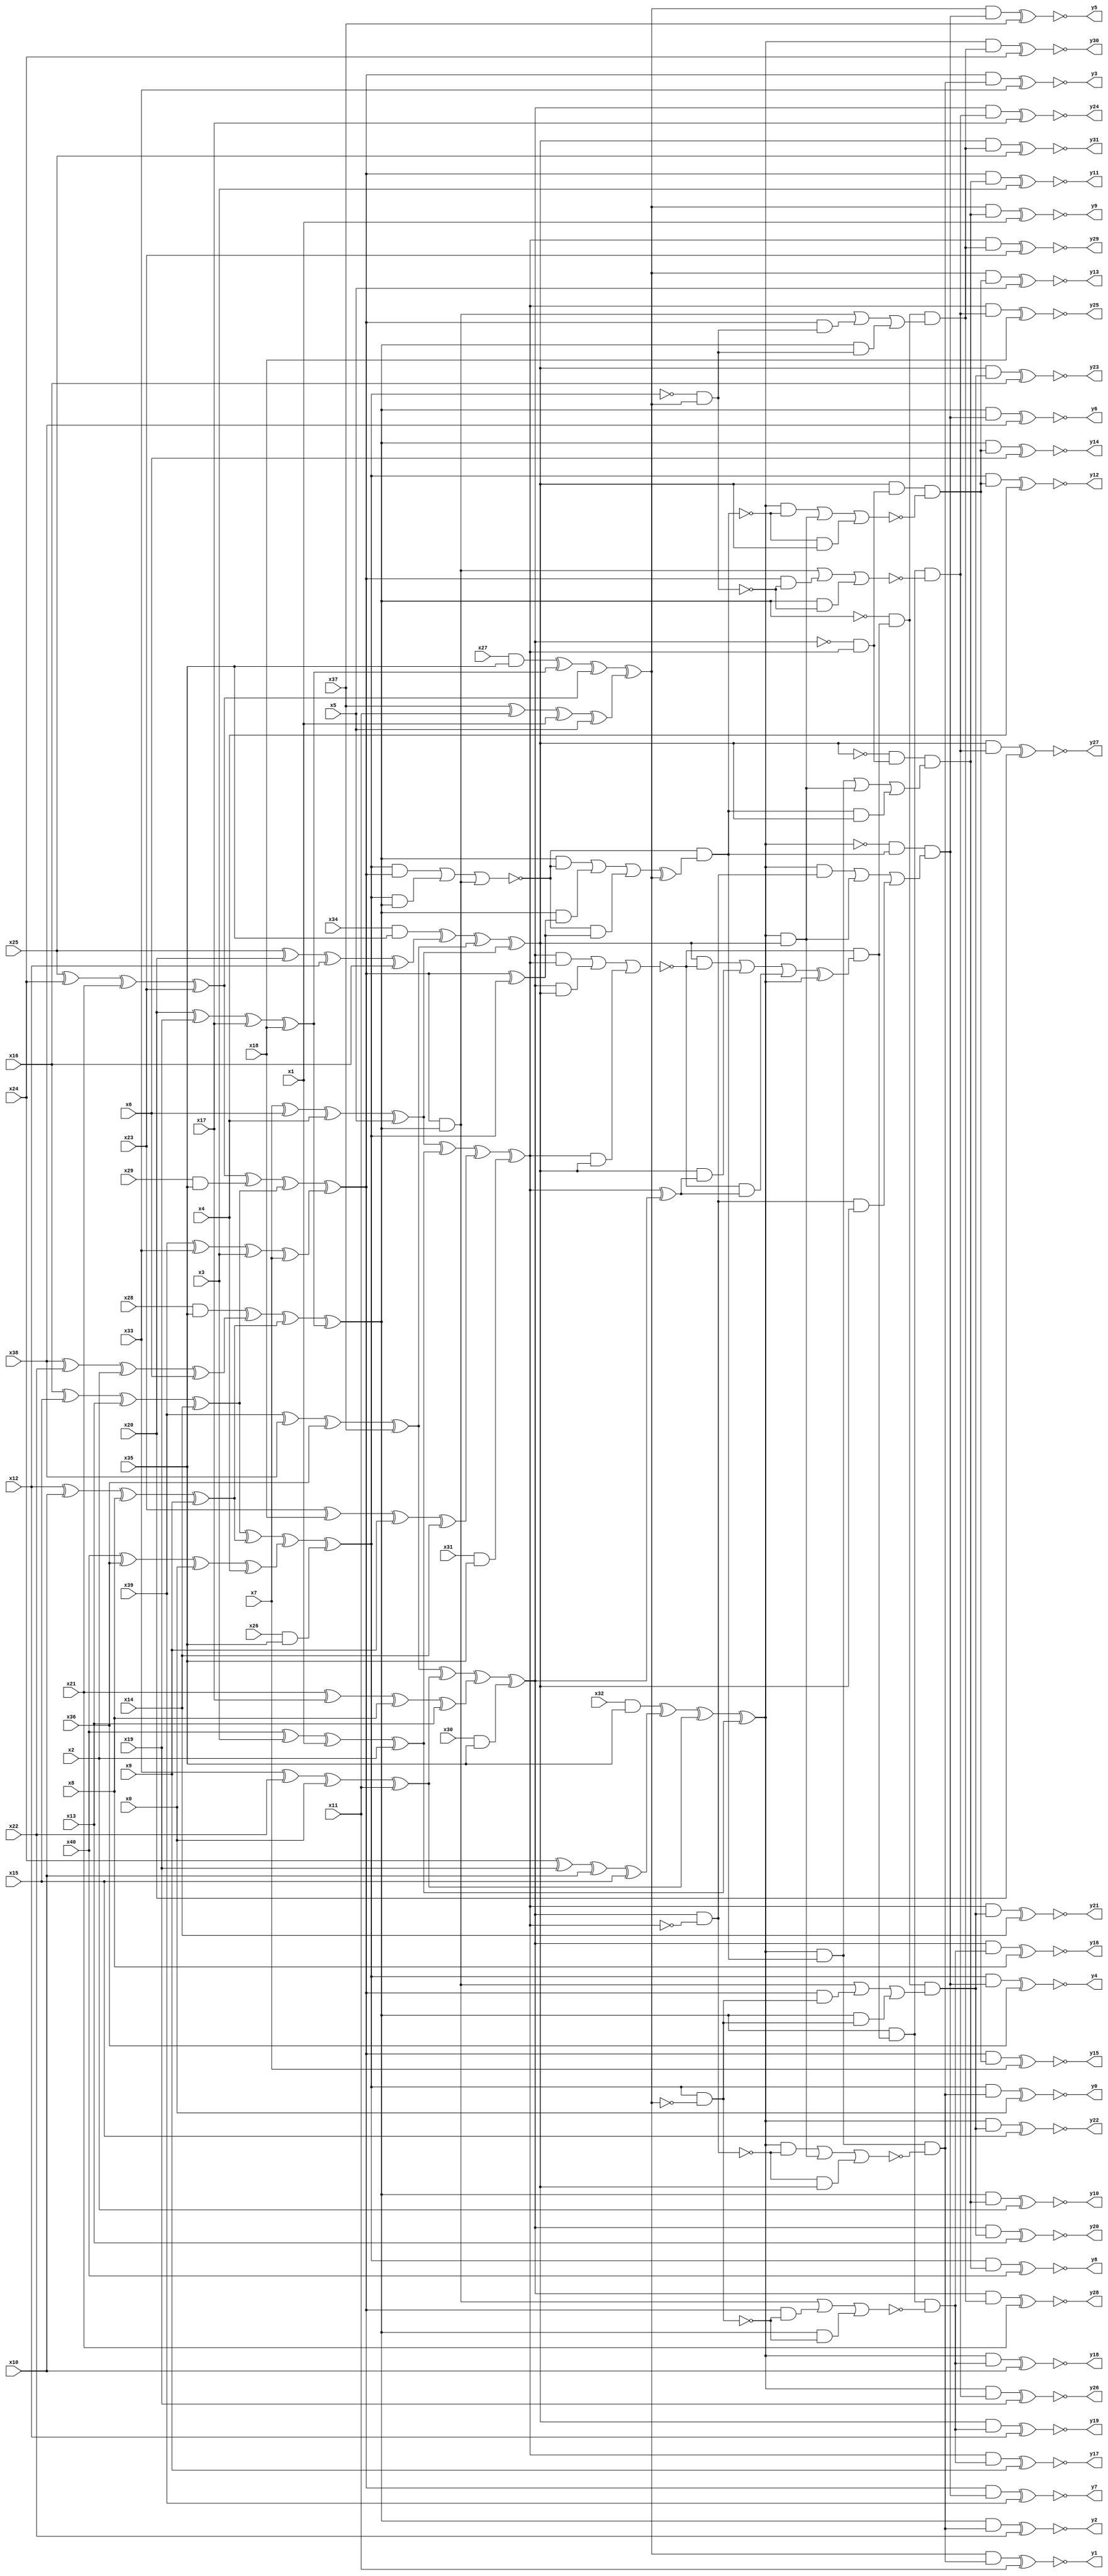
module top( x0 , x1 , x2 , x3 , x4 , x5 , x6 , x7 , x8 , x9 , x10 , x11 , x12 , x13 , x14 , x15 , x16 , x17 , x18 , x19 , x20 , x21 , x22 , x23 , x24 , x25 , x26 , x27 , x28 , x29 , x30 , x31 , x32 , x33 , x34 , x35 , x36 , x37 , x38 , x39 , x40 , y0 , y1 , y2 , y3 , y4 , y5 , y6 , y7 , y8 , y9 , y10 , y11 , y12 , y13 , y14 , y15 , y16 , y17 , y18 , y19 , y20 , y21 , y22 , y23 , y24 , y25 , y26 , y27 , y28 , y29 , y30 , y31 );
  input x0 , x1 , x2 , x3 , x4 , x5 , x6 , x7 , x8 , x9 , x10 , x11 , x12 , x13 , x14 , x15 , x16 , x17 , x18 , x19 , x20 , x21 , x22 , x23 , x24 , x25 , x26 , x27 , x28 , x29 , x30 , x31 , x32 , x33 , x34 , x35 , x36 , x37 , x38 , x39 , x40 ;
  output y0 , y1 , y2 , y3 , y4 , y5 , y6 , y7 , y8 , y9 , y10 , y11 , y12 , y13 , y14 , y15 , y16 , y17 , y18 , y19 , y20 , y21 , y22 , y23 , y24 , y25 , y26 , y27 , y28 , y29 , y30 , y31 ;
  wire n42 , n43 , n44 , n45 , n46 , n47 , n48 , n49 , n50 , n51 , n52 , n53 , n54 , n55 , n56 , n57 , n58 , n59 , n60 , n61 , n62 , n63 , n64 , n65 , n66 , n67 , n68 , n69 , n70 , n71 , n72 , n73 , n74 , n75 , n76 , n77 , n78 , n79 , n80 , n81 , n82 , n83 , n84 , n85 , n86 , n87 , n88 , n89 , n90 , n91 , n92 , n93 , n94 , n95 , n96 , n97 , n98 , n99 , n100 , n101 , n102 , n103 , n104 , n105 , n106 , n107 , n108 , n109 , n110 , n111 , n112 , n113 , n114 , n115 , n116 , n117 , n118 , n119 , n120 , n121 , n122 , n123 , n124 , n125 , n126 , n127 , n128 , n129 , n130 , n131 , n132 , n133 , n134 , n135 , n136 , n137 , n138 , n139 , n140 , n141 , n142 , n143 , n144 , n145 , n146 , n147 , n148 , n149 , n150 , n151 , n152 , n153 , n154 , n155 , n156 , n157 , n158 , n159 , n160 , n161 , n162 , n163 , n164 , n165 , n166 , n167 , n168 , n169 , n170 , n171 , n172 , n173 , n174 , n175 , n176 , n177 , n178 , n179 , n180 , n181 , n182 , n183 , n184 , n185 , n186 , n187 , n188 , n189 , n190 , n191 , n192 , n193 , n194 , n195 , n196 , n197 , n198 , n199 , n200 , n201 , n202 , n203 , n204 , n205 ;
  assign n47 = x16 ^ x15 ^ x13 ;
  assign n48 = n47 ^ x14 ^ 1'b0 ;
  assign n45 = x12 ^ x10 ^ x8 ;
  assign n46 = n45 ^ x9 ^ 1'b0 ;
  assign n49 = n48 ^ n46 ^ 1'b0 ;
  assign n43 = x40 ^ x36 ^ x0 ;
  assign n44 = n43 ^ x4 ^ 1'b0 ;
  assign n50 = n49 ^ n44 ^ 1'b0 ;
  assign n42 = x26 & x35 ;
  assign n51 = n50 ^ n42 ^ 1'b0 ;
  assign n58 = x32 & x35 ;
  assign n56 = x24 ^ x19 ^ x10 ;
  assign n57 = n56 ^ x15 ^ 1'b0 ;
  assign n59 = n58 ^ n57 ^ 1'b0 ;
  assign n54 = x33 ^ x22 ^ x0 ;
  assign n55 = n54 ^ x11 ^ 1'b0 ;
  assign n60 = n59 ^ n55 ^ 1'b0 ;
  assign n52 = x40 ^ x3 ^ x1 ;
  assign n53 = n52 ^ x2 ^ 1'b0 ;
  assign n61 = n60 ^ n53 ^ 1'b0 ;
  assign n65 = x25 ^ x24 ^ x21 ;
  assign n66 = n65 ^ x23 ^ 1'b0 ;
  assign n64 = x29 & x35 ;
  assign n67 = n66 ^ n64 ^ 1'b0 ;
  assign n68 = n67 ^ n48 ^ 1'b0 ;
  assign n62 = x39 ^ x33 ^ x3 ;
  assign n63 = n62 ^ x7 ^ 1'b0 ;
  assign n69 = n68 ^ n63 ^ 1'b0 ;
  assign n74 = x28 & x35 ;
  assign n72 = x38 ^ x22 ^ x2 ;
  assign n73 = n72 ^ x6 ^ 1'b0 ;
  assign n75 = n74 ^ n73 ^ 1'b0 ;
  assign n76 = n75 ^ n46 ^ 1'b0 ;
  assign n70 = x20 ^ x19 ^ x17 ;
  assign n71 = n70 ^ x18 ^ 1'b0 ;
  assign n77 = n76 ^ n71 ^ 1'b0 ;
  assign n78 = ( n51 & n69 ) | ( n51 & n77 ) | ( n69 & n77 ) ;
  assign n85 = n69 ^ n51 ^ 1'b0 ;
  assign n86 = ( n77 & ~n78 ) | ( n77 & n85 ) | ( ~n78 & n85 ) ;
  assign n81 = x27 & x35 ;
  assign n82 = n81 ^ n71 ^ 1'b0 ;
  assign n83 = n82 ^ n66 ^ 1'b0 ;
  assign n79 = x37 ^ x11 ^ x1 ;
  assign n80 = n79 ^ x5 ^ 1'b0 ;
  assign n84 = n83 ^ n80 ^ 1'b0 ;
  assign n87 = n86 ^ n84 ^ 1'b0 ;
  assign n88 = ~n78 & n87 ;
  assign n89 = n61 & n88 ;
  assign n93 = x39 ^ x38 ^ x36 ;
  assign n94 = n93 ^ x37 ^ 1'b0 ;
  assign n95 = n94 ^ n55 ^ 1'b0 ;
  assign n91 = x21 ^ x17 ^ x8 ;
  assign n92 = n91 ^ x13 ^ 1'b0 ;
  assign n96 = n95 ^ n92 ^ 1'b0 ;
  assign n90 = x30 & x35 ;
  assign n97 = n96 ^ n90 ^ 1'b0 ;
  assign n101 = x7 ^ x6 ^ x4 ;
  assign n102 = n101 ^ x5 ^ 1'b0 ;
  assign n103 = n102 ^ n53 ^ 1'b0 ;
  assign n99 = x23 ^ x18 ^ x9 ;
  assign n100 = n99 ^ x14 ^ 1'b0 ;
  assign n104 = n103 ^ n100 ^ 1'b0 ;
  assign n98 = x31 & x35 ;
  assign n105 = n104 ^ n98 ^ 1'b0 ;
  assign n106 = n97 & ~n105 ;
  assign n109 = x34 & x35 ;
  assign n107 = x25 ^ x20 ^ x12 ;
  assign n108 = n107 ^ x16 ^ 1'b0 ;
  assign n110 = n109 ^ n108 ^ 1'b0 ;
  assign n111 = n110 ^ n94 ^ 1'b0 ;
  assign n112 = n111 ^ n102 ^ 1'b0 ;
  assign n113 = ( n61 & ~n106 ) | ( n61 & n112 ) | ( ~n106 & n112 ) ;
  assign n114 = n89 & ~n113 ;
  assign n115 = n51 & n114 ;
  assign n116 = n115 ^ x0 ^ 1'b0 ;
  assign n117 = n84 & n114 ;
  assign n118 = n117 ^ x11 ^ 1'b0 ;
  assign n119 = n77 & n114 ;
  assign n120 = n119 ^ x22 ^ 1'b0 ;
  assign n121 = n69 & n114 ;
  assign n122 = n121 ^ x33 ^ 1'b0 ;
  assign n123 = ~n61 & n88 ;
  assign n124 = ( n61 & n106 ) | ( n61 & n112 ) | ( n106 & n112 ) ;
  assign n125 = n123 & n124 ;
  assign n126 = n51 & n125 ;
  assign n127 = n126 ^ x36 ^ 1'b0 ;
  assign n128 = n84 & n125 ;
  assign n129 = n128 ^ x37 ^ 1'b0 ;
  assign n130 = n77 & n125 ;
  assign n131 = n130 ^ x38 ^ 1'b0 ;
  assign n132 = n69 & n125 ;
  assign n133 = n132 ^ x39 ^ 1'b0 ;
  assign n134 = ~n97 & n105 ;
  assign n135 = ~n112 & n134 ;
  assign n136 = ( n61 & n88 ) | ( n61 & n112 ) | ( n88 & n112 ) ;
  assign n137 = n135 & n136 ;
  assign n138 = n51 & n137 ;
  assign n139 = n138 ^ x40 ^ 1'b0 ;
  assign n140 = n84 & n137 ;
  assign n141 = n140 ^ x1 ^ 1'b0 ;
  assign n142 = n77 & n137 ;
  assign n143 = n142 ^ x2 ^ 1'b0 ;
  assign n144 = n69 & n137 ;
  assign n145 = n144 ^ x3 ^ 1'b0 ;
  assign n146 = n112 & n134 ;
  assign n147 = ( n61 & ~n88 ) | ( n61 & n112 ) | ( ~n88 & n112 ) ;
  assign n148 = n146 & ~n147 ;
  assign n149 = n51 & n148 ;
  assign n150 = n149 ^ x4 ^ 1'b0 ;
  assign n151 = n84 & n148 ;
  assign n152 = n151 ^ x5 ^ 1'b0 ;
  assign n153 = n77 & n148 ;
  assign n154 = n153 ^ x6 ^ 1'b0 ;
  assign n155 = n69 & n148 ;
  assign n156 = n155 ^ x7 ^ 1'b0 ;
  assign n157 = ( n97 & n105 ) | ( n97 & n112 ) | ( n105 & n112 ) ;
  assign n158 = n105 ^ n97 ^ 1'b0 ;
  assign n159 = ( n112 & ~n157 ) | ( n112 & n158 ) | ( ~n157 & n158 ) ;
  assign n160 = n159 ^ n61 ^ 1'b0 ;
  assign n161 = ~n157 & n160 ;
  assign n162 = n77 & n161 ;
  assign n163 = n51 & ~n84 ;
  assign n164 = ( n69 & n77 ) | ( n69 & ~n163 ) | ( n77 & ~n163 ) ;
  assign n165 = n162 & ~n164 ;
  assign n166 = n97 & n165 ;
  assign n167 = n166 ^ x8 ^ 1'b0 ;
  assign n168 = n105 & n165 ;
  assign n169 = n168 ^ x9 ^ 1'b0 ;
  assign n170 = n61 & n165 ;
  assign n171 = n170 ^ x10 ^ 1'b0 ;
  assign n172 = n112 & n165 ;
  assign n173 = n172 ^ x12 ^ 1'b0 ;
  assign n174 = ~n77 & n161 ;
  assign n175 = ( n69 & n77 ) | ( n69 & n163 ) | ( n77 & n163 ) ;
  assign n176 = n174 & n175 ;
  assign n177 = n97 & n176 ;
  assign n178 = n177 ^ x13 ^ 1'b0 ;
  assign n179 = n105 & n176 ;
  assign n180 = n179 ^ x14 ^ 1'b0 ;
  assign n181 = n61 & n176 ;
  assign n182 = n181 ^ x15 ^ 1'b0 ;
  assign n183 = n112 & n176 ;
  assign n184 = n183 ^ x16 ^ 1'b0 ;
  assign n185 = ~n51 & n84 ;
  assign n186 = ( n69 & n77 ) | ( n69 & ~n185 ) | ( n77 & ~n185 ) ;
  assign n187 = n162 & ~n186 ;
  assign n188 = n97 & n187 ;
  assign n189 = n188 ^ x17 ^ 1'b0 ;
  assign n190 = n105 & n187 ;
  assign n191 = n190 ^ x18 ^ 1'b0 ;
  assign n192 = n61 & n187 ;
  assign n193 = n192 ^ x19 ^ 1'b0 ;
  assign n194 = n112 & n187 ;
  assign n195 = n194 ^ x20 ^ 1'b0 ;
  assign n196 = ( n69 & n77 ) | ( n69 & n185 ) | ( n77 & n185 ) ;
  assign n197 = n174 & n196 ;
  assign n198 = n97 & n197 ;
  assign n199 = n198 ^ x21 ^ 1'b0 ;
  assign n200 = n105 & n197 ;
  assign n201 = n200 ^ x23 ^ 1'b0 ;
  assign n202 = n61 & n197 ;
  assign n203 = n202 ^ x24 ^ 1'b0 ;
  assign n204 = n112 & n197 ;
  assign n205 = n204 ^ x25 ^ 1'b0 ;
  assign y0 = ~n116 ;
  assign y1 = ~n118 ;
  assign y2 = ~n120 ;
  assign y3 = ~n122 ;
  assign y4 = ~n127 ;
  assign y5 = ~n129 ;
  assign y6 = ~n131 ;
  assign y7 = ~n133 ;
  assign y8 = ~n139 ;
  assign y9 = ~n141 ;
  assign y10 = ~n143 ;
  assign y11 = ~n145 ;
  assign y12 = ~n150 ;
  assign y13 = ~n152 ;
  assign y14 = ~n154 ;
  assign y15 = ~n156 ;
  assign y16 = ~n167 ;
  assign y17 = ~n169 ;
  assign y18 = ~n171 ;
  assign y19 = ~n173 ;
  assign y20 = ~n178 ;
  assign y21 = ~n180 ;
  assign y22 = ~n182 ;
  assign y23 = ~n184 ;
  assign y24 = ~n189 ;
  assign y25 = ~n191 ;
  assign y26 = ~n193 ;
  assign y27 = ~n195 ;
  assign y28 = ~n199 ;
  assign y29 = ~n201 ;
  assign y30 = ~n203 ;
  assign y31 = ~n205 ;
endmodule